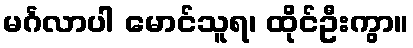
မင်္ဂလာပါ မောင်သူရ၊ ထိုင်ဦးကွာ။